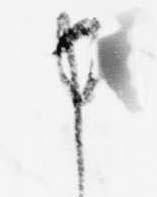
申